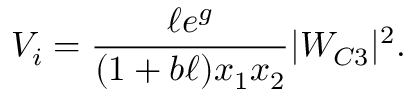
V _ { i } = \frac { \ell e ^ { g } } { ( 1 + b \ell ) x _ { 1 } x _ { 2 } } | W _ { C 3 } | ^ { 2 } .